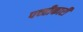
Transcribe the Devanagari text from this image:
पच्‍चीकारी